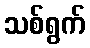
သစ်ရွက်